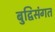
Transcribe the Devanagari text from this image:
बुद्विसंगत